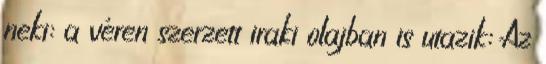
neki: a véren szerzett iraki olajban is utazik: Az